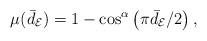
LaTeX: \begin{align*} \mu(\bar{d}_{\mathcal{E}})=1-\cos^{\alpha}\left(\pi \bar{d}_{\mathcal{E}}/2\right),\end{align*}